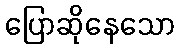
ပြောဆိုနေသော